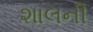
શાલની